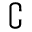
\complement